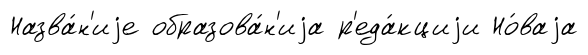
Назва́н'иjе образова́н'иjа р'еда́кциjи Но́ваjа